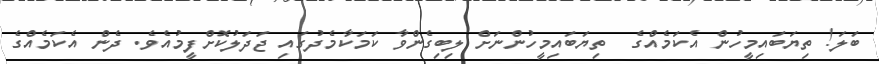
ބަލަ! ތިޔަބައިމީހުން އެކަމެއްގެ  ތިޔަބައިމީހުންނަށް ލިބިގެންވާ ކަމަކާމެދުގައި ޖަދަލުކޮށްފީމުއެވެ. ދެން އެކަމެއްގެ